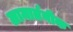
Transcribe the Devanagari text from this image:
लामार्तनीक